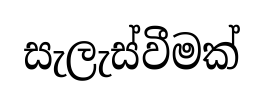
සැලැස්වීමක්